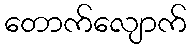
တောက်လျောက်